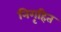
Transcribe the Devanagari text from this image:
निगृहित